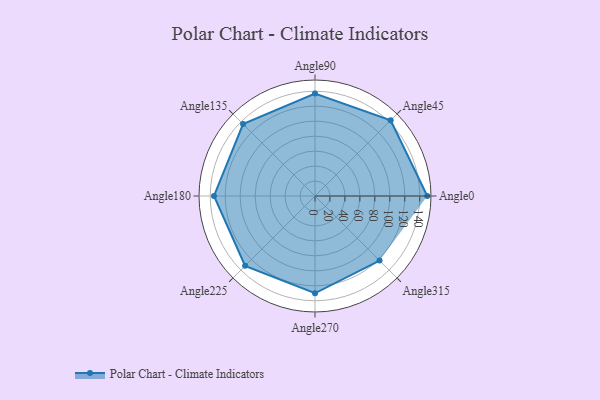
{"axis": {"x": "Angle", "y": "Radius"}, "legend": [""], "data": [{"x": "Angle0", "y": 150.0, "type": ""}, {"x": "Angle45", "y": 143.0, "type": ""}, {"x": "Angle90", "y": 137.0, "type": ""}, {"x": "Angle135", "y": 136.0, "type": ""}, {"x": "Angle180", "y": 135.0, "type": ""}, {"x": "Angle225", "y": 132.0, "type": ""}, {"x": "Angle270", "y": 130.0, "type": ""}, {"x": "Angle315", "y": 122.0, "type": ""}]}